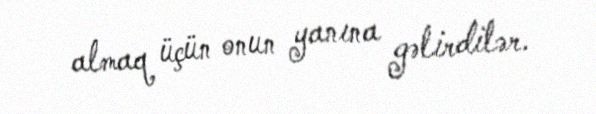
almaq üçün onun yanına gəlirdilər.